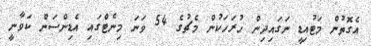
އެގޮތުން މަޓުއިޑީ ނަގައިދިން ހުރަހަކުން މެޗުގެ 54 ވަނަ މިނެޓްގައި އެޑިންސަން ކަވާނީ